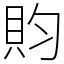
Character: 䝧